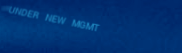
UNDER NEW MGMT